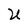
Character: U